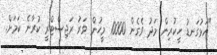
"އަޅުގަނޑު ހީކުރިން މަދު ވެގެން 10000 މީހުން ވަރު ރަޖިސްޓްރީ ކުރާނެ ކަމަށް.